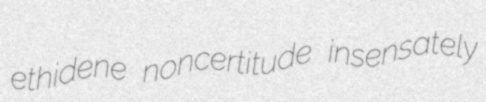
ethidene noncertitude insensately